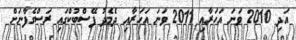
އަދި 2010 ވަނަ އަހަރާއި 2011 ވަނަ އަހަރާއި ދެމެދު ފޭސްބުކްގައި ރަސްގެފާނަށް